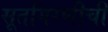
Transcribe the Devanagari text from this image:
सूतगिरणीची